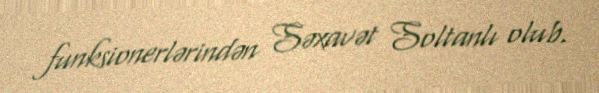
funksionerlərindən Səxavət Soltanlı olub.